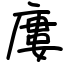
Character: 廔